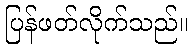
ပြန်ဖတ်လိုက်သည်။